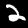
Digit: 2